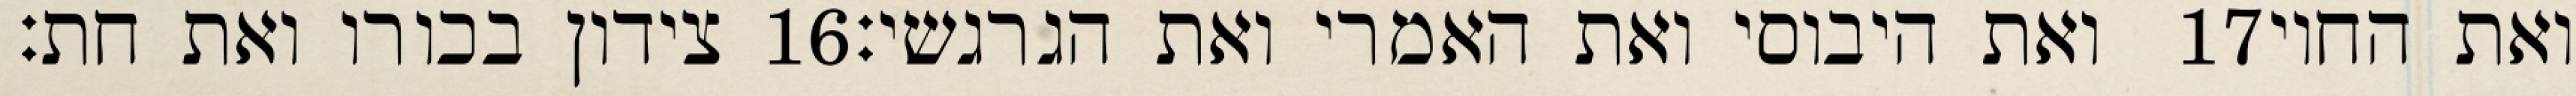
צידון בכורו ואת חת׃ ‎16‏ ואת היבוסי ואת האמרי ואת הגרגשי׃ ‎17‏ ואת החוי